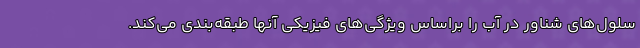
سلول‌های شناور در آب را براساس ویژگی‌های فیزیکی آنها طبقه‌بندی می‌کند.